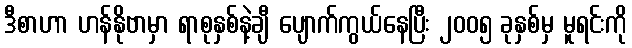
ဒီစာဟာ ဟန်နိုဗာမှာ ရာစုနှစ်နဲ့ချီ ပျောက်ကွယ်နေပြီး ၂၀၀၅ ခုနှစ်မှ မူရင်းကို